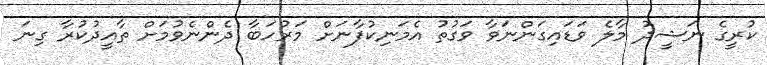
ކުރީގެ ނަޝީދު މާލެ ވަޑައިގަންނަވާ ވަގުތު އެމަނިކުފާނަށް މަރުހަބާ ދެންނެވުމަށް ތާއީދުކުރާ ގިނަ